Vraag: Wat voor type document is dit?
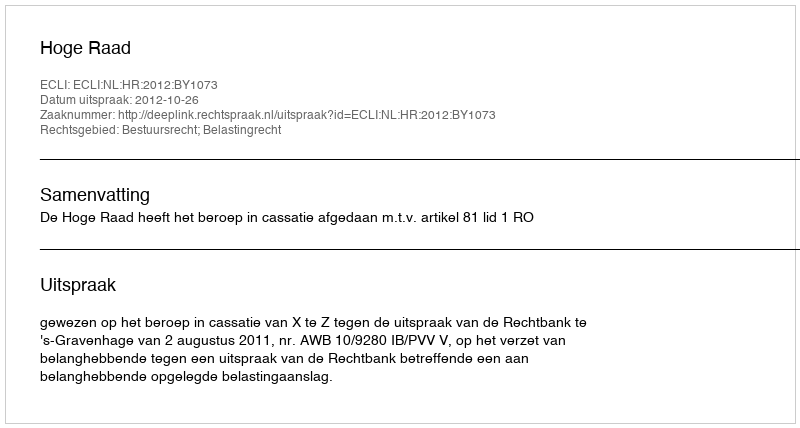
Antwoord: Uitspraak